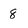
Character: 8